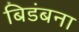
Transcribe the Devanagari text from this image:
बिडंबना